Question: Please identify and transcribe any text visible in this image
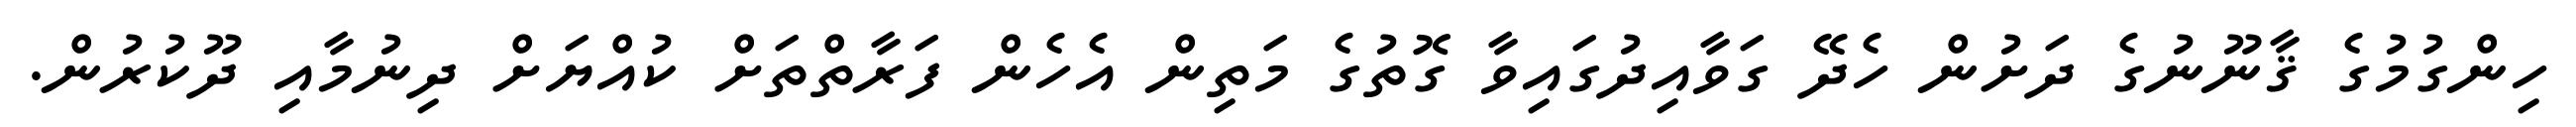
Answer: ހިންގުމުގެ ޤާނޫނުގެ ދަށުން ހެދޭ ގަވާއިދުގައިވާ ގޮތުގެ މަތިން އެހެން ފަރާތްތަށް ކުއްޔަށް ދިނުމާއި ދޫކުރުން.